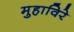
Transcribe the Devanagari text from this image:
मुहाविरे